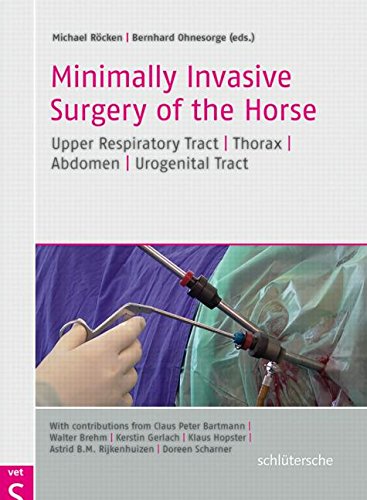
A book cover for Minimally Invasive Surgery of the Horse; Claus Peter Bartmann; Medical Books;